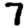
Digit: 7